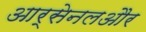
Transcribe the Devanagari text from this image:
आर्सेनलऔर